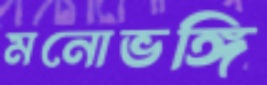
মনোভঙ্গি